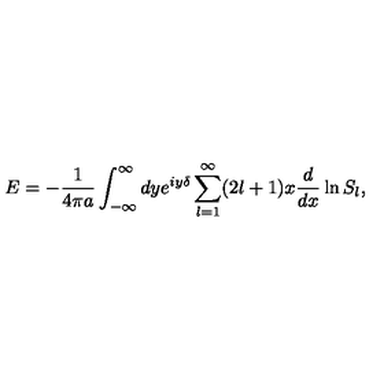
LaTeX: E = - { \frac { 1 } { 4 \pi a } } \int _ { - \infty } ^ { \infty } d y e ^ { i y \delta } \sum _ { l = 1 } ^ { \infty } ( 2 l + 1 ) x { \frac { d } { d x } } \ln S _ { l } ,